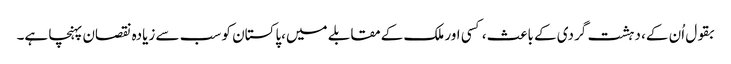
بقول اُن کے، دہشت گردی کے باعث، کسی اور ملک کےمقابلے میں،پاکستان کو سب سے زیادہ نقصان پہنچا ہے۔